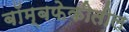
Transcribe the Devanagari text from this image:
बॉम्बफेकीतील